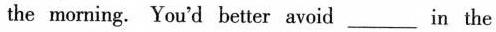
the morning. You'd better avoid_________ in the